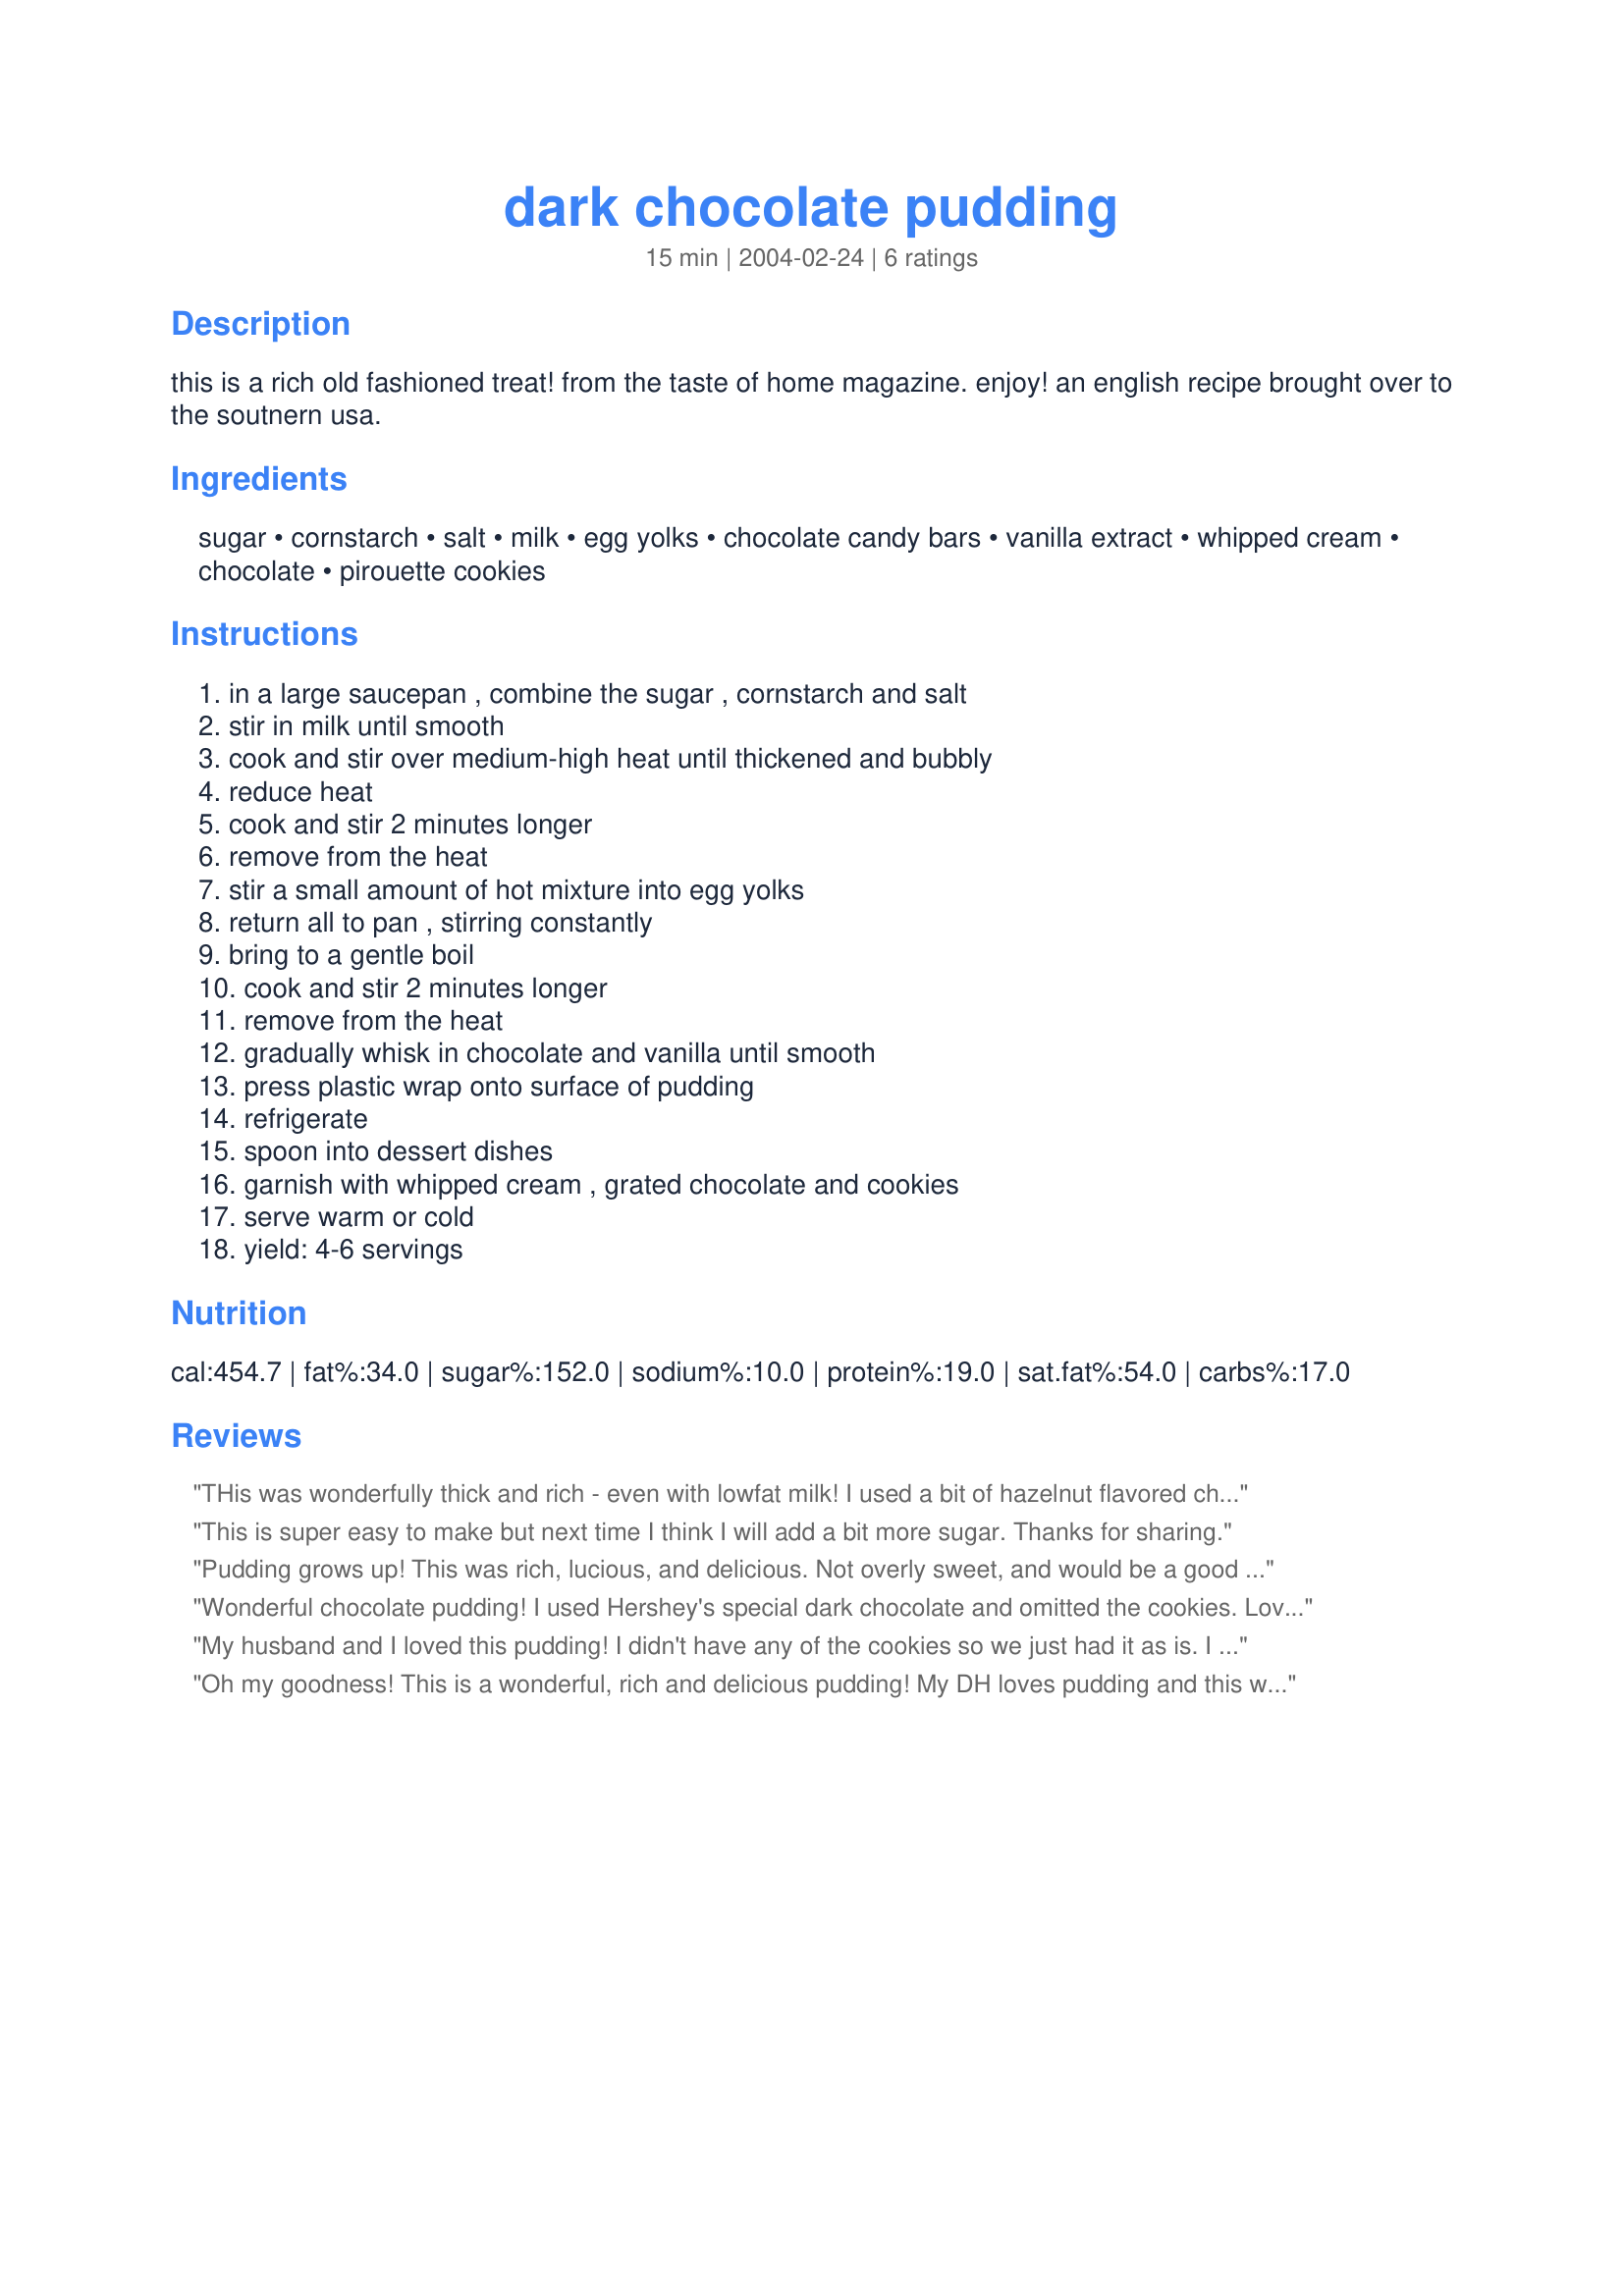
dark chocolate pudding
Preparation time: 15 minutes

this is a rich old fashioned treat! from the taste of home magazine. enjoy! an english recipe brought over to the soutnern usa.

Ingredients:
sugar, cornstarch, salt, milk, egg yolks, chocolate candy bars, vanilla extract, whipped cream, chocolate, pirouette cookies

Steps:
in a large saucepan , combine the sugar , cornstarch and salt, stir in milk until smooth, cook and stir over medium-high heat until thickened and bubbly, reduce heat, cook and stir 2 minutes longer, remove from the heat, stir a small amount of hot mixture into egg yolks, return all to pan , stirring constantly, bring to a gentle boil, cook and stir 2 minutes longer, remove from the heat, gradually whisk in chocolate and vanilla until smooth, press plastic wrap onto surface of pudding, refrigerate, spoon into dessert dishes, garnish with whipped cream , grated chocolate and cookies, serve warm or cold, yield: 4-6 servings

Reviews:
THis was wonderfully thick and rich - even with lowfat milk! I used a bit of hazelnut flavored chocolate along with the dark as that is what I had. Thanks!
This is super easy to make but next time I think I will add a bit more sugar. Thanks for sharing.
Pudding grows up! This was rich, lucious, and delicious. Not overly sweet, and would be a good dessert for company. We loved it!
Wonderful chocolate pudding! I used Hershey's special dark chocolate and omitted the cookies.
Loved the deeper rich flavor of this pudding, this is not the sweeter type pie filling flavor. When I make this again will add a little Amaretto.
My husband and I loved this pudding! I didn't have any of the cookies so we just had it as is. I added a bit of extra sugar for my husband and we both really enjoyed it.
Thanks for posting!
Oh my goodness! This is a wonderful, rich and delicious pudding! My DH loves pudding and this was an instant hit for him! I did use sugar free chocolate bars and Splenda so I could eat this dessert too. Absolutely wonderful! Thank you Sharon! Made for KK Mini Cook a thon
